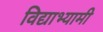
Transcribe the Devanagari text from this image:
विद्याभ्यामी